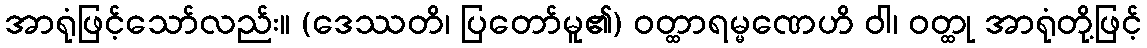
အာရုံဖြင့်သော်လည်း။ (ဒေဿတိ၊ ပြတော်မူ၏) ဝတ္ထာရမ္မဏေဟိ ဝါ၊ ဝတ္ထု အာရုံတို့ဖြင့်